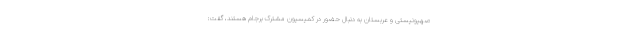
صهیونیستی و عربستان به دنبال حضور در کمیسیون مشترک برجام هستند، گفت: